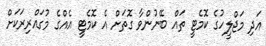
އަދި މަޖްލީހުގެ ކޮމެޓީ ތައް ބޭނުންވާ ގޮތަށް އެ ކޮމެޓީ އެއްގެ މުގައްރިރަކަށް